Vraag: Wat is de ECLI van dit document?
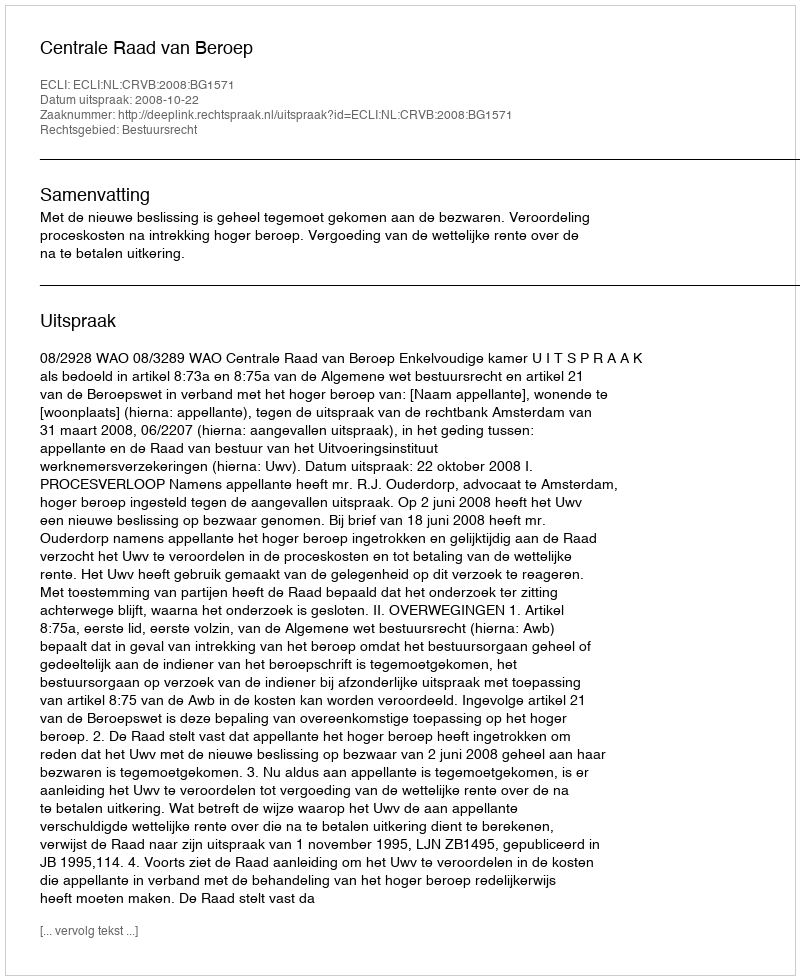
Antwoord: ECLI:NL:CRVB:2008:BG1571